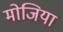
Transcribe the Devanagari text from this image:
मोजिया